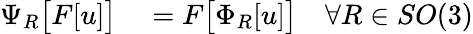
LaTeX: \begin{array}{rl}{\Psi_{R}\bigl[F[u]\bigr]}&{{}=F\bigl[\Phi_{R}[u]\bigr]\quad\forall R\in SO(3)}\end{array}